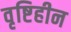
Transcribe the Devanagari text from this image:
वृष्टिहीन